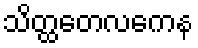
သိတ္ထတေလကေန